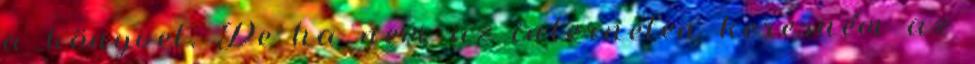
a könyvet. De ha nem az interneten keresném az